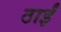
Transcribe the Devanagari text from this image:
ठाईं